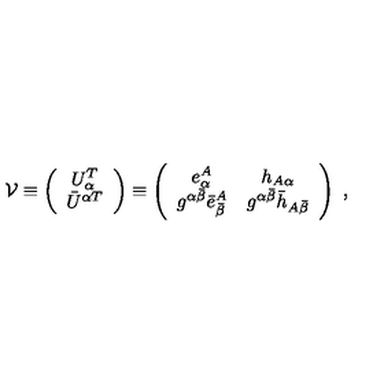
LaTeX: { \cal V } \equiv \left( \begin{array} { c } { U _ { \alpha } ^ { T } } \\ { \bar { U } ^ { \alpha T } } \\ \end{array} \right) \equiv \left( \begin{array} { c c } { e _ { \alpha } ^ { A } } & { h _ { A \alpha } } \\ { g ^ { \alpha \bar { \beta } } \bar { e } _ { \bar { \beta } } ^ { A } } & { g ^ { \alpha \bar { \beta } } \bar { h } _ { A \bar { \beta } } } \\ \end{array} \right) \ ,